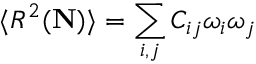
\langle R ^ { 2 } ( { \bf N } ) \rangle = \sum _ { i , j } C _ { i j } \omega _ { i } \omega _ { j }